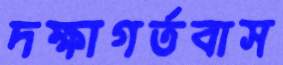
দক্ষাগর্তবাস